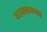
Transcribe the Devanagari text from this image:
चाबकाच्या